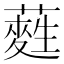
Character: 𮒂